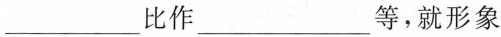
___比作___等，就形象